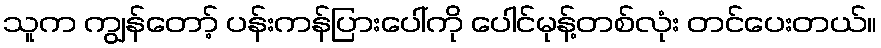
သူက ကျွန်တော့် ပန်းကန်ပြားပေါ်ကို ပေါင်မုန့်တစ်လုံး တင်ပေးတယ်။